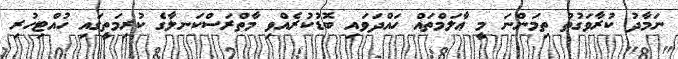
ނަމާދު ކުރާވަގުތު ތިމަންނަ މީ ޢާލަމްތައް ހައްދަވައި ބޮޑުކުރެއްވި މާތްރަސްކަނލާގެ ކުރިމަތީގައި ހުއްޓިހުރި